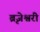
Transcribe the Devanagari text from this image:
ब्रृजेश्वरी